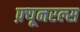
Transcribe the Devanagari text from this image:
फ़्यूनरल्स